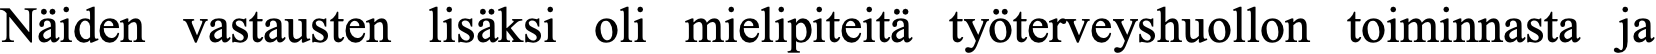
Näiden vastausten lisäksi oli mielipiteitä työterveyshuollon toiminnasta ja